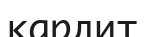
кардит